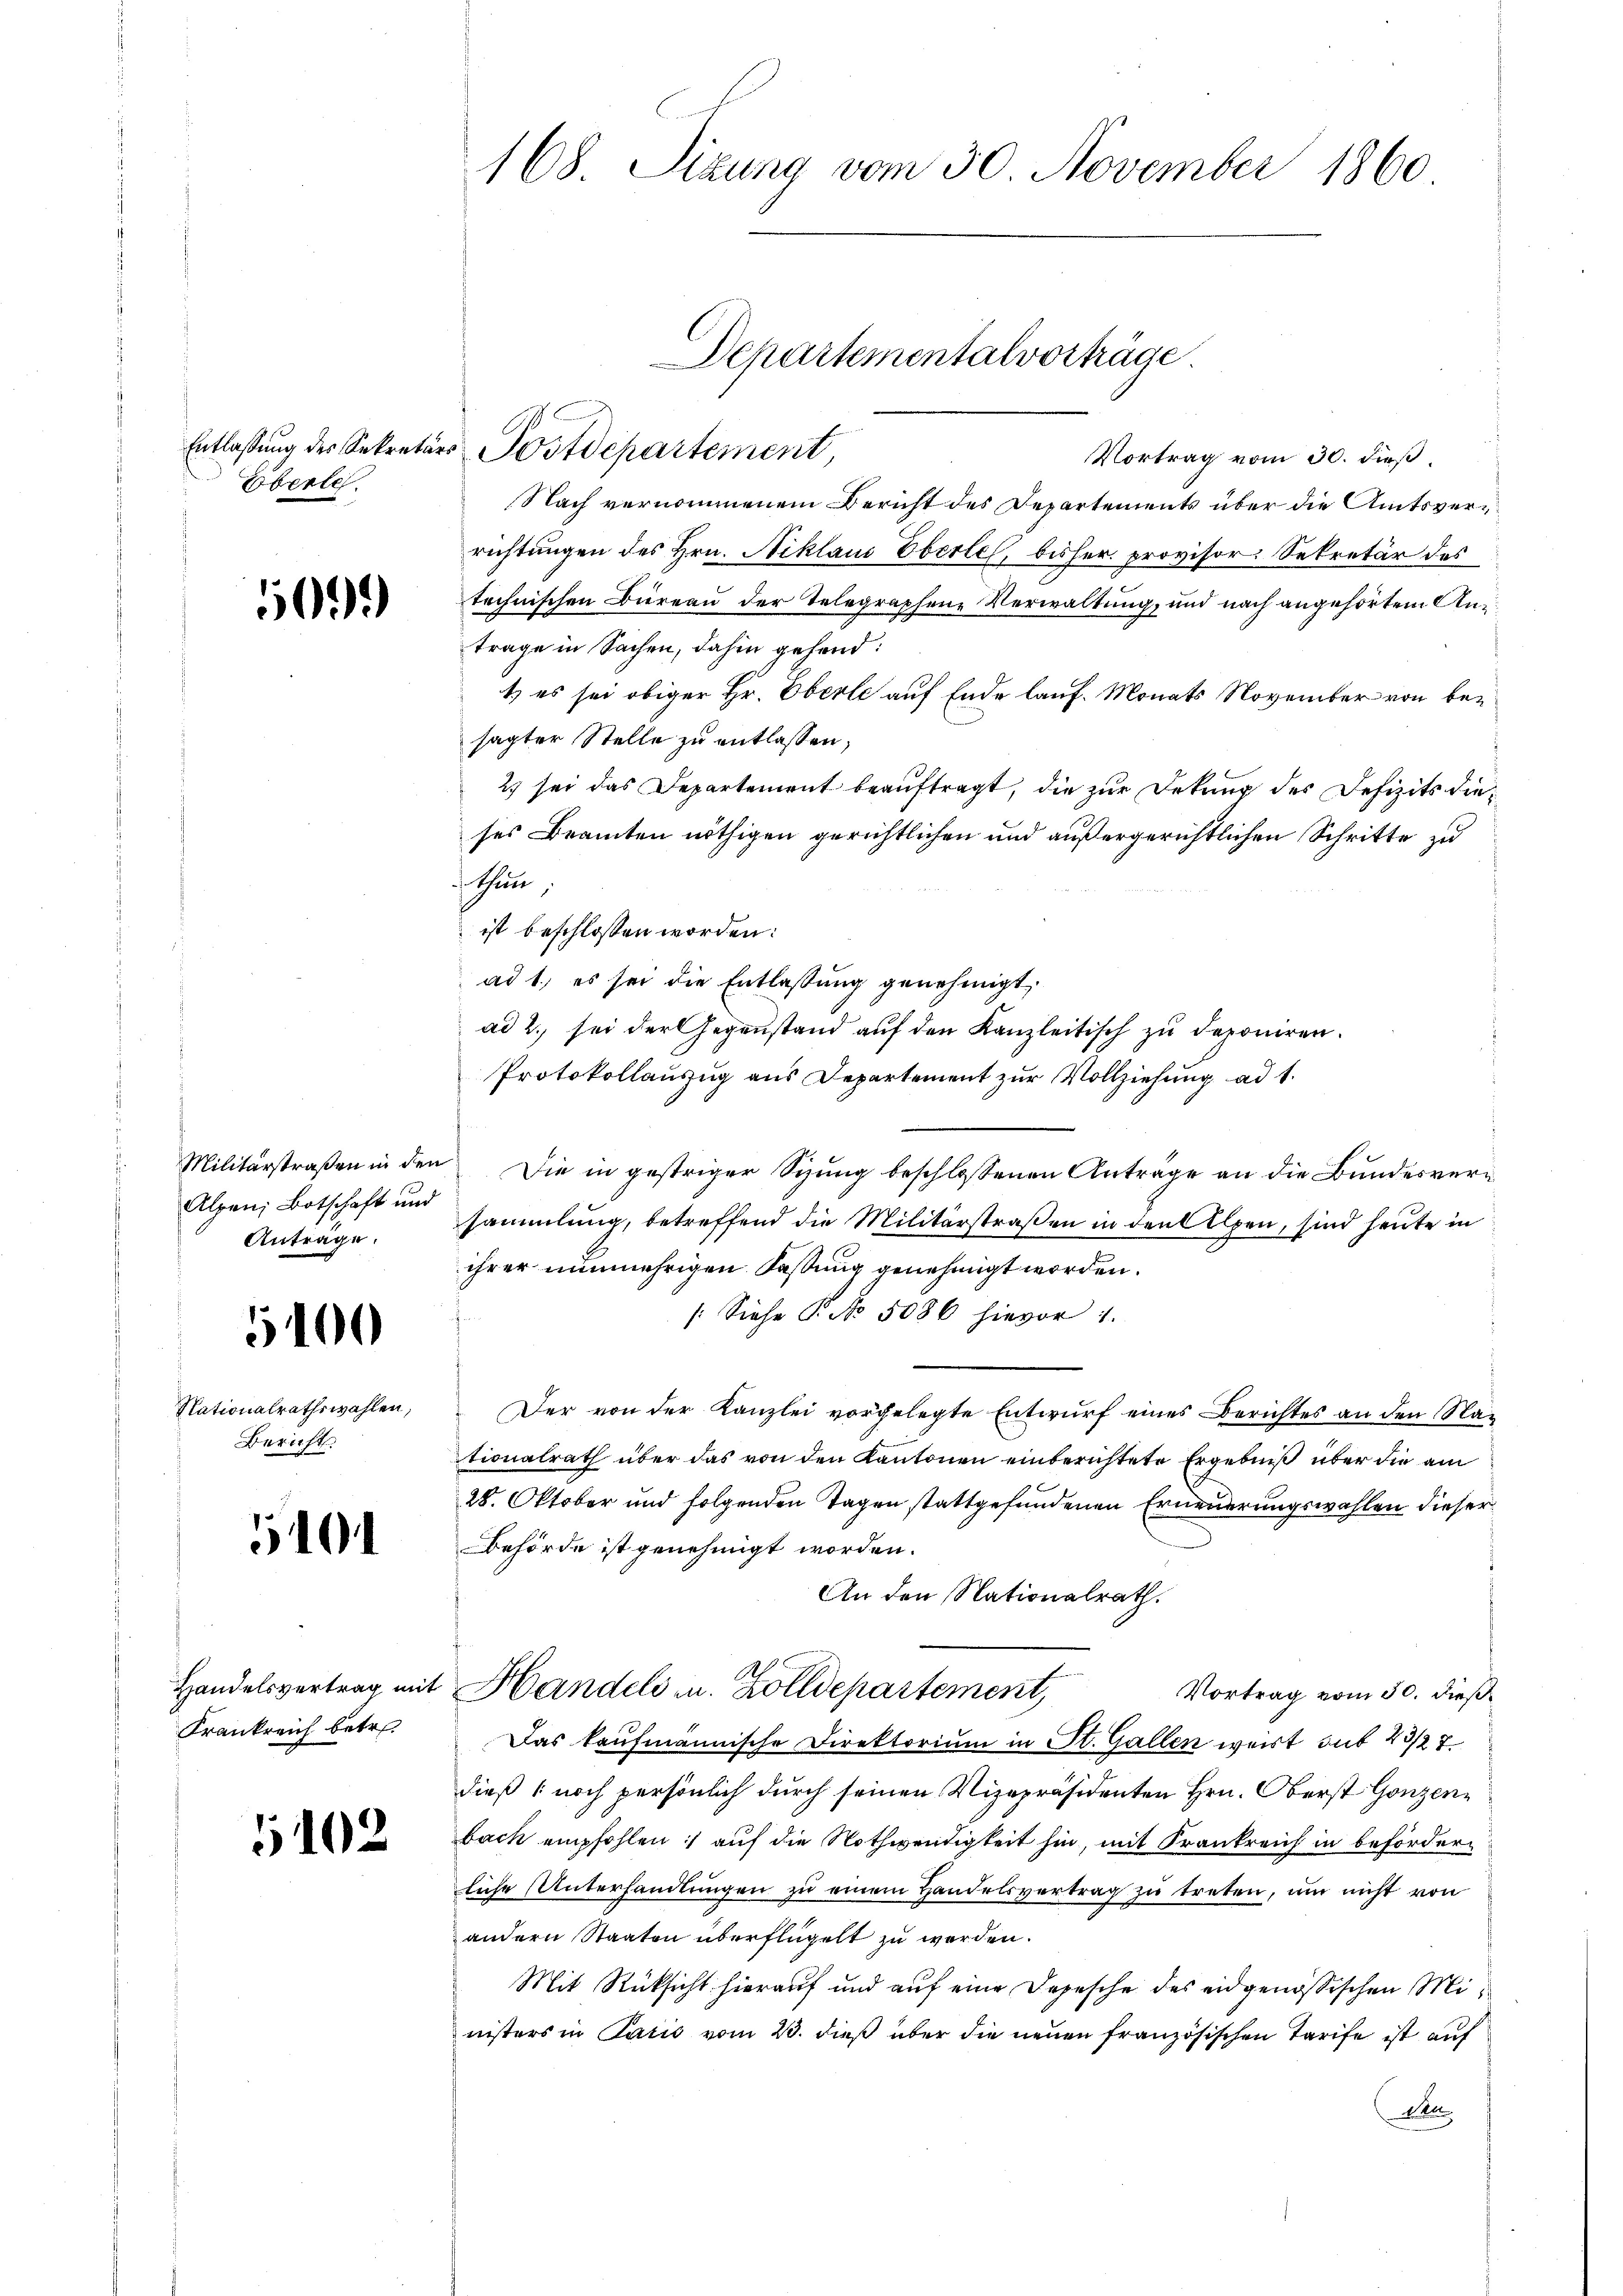
Entlassung des Sekretä
Eberle.

569.

Militärstraßen in den
Alpen, Botschaft und
Anträge.

5100

Nationalrathswahlen,
Bericht

1401

Krankreich betr.

5102

168. Sizung vom 30. November 1860

Vortrag vom 30. dieß.
Nach vernommenem Bericht des Departements über die Amtsverrichtungen des Hrn. Niklaus Eberle, bisher provisor Sekretär des
technischen Büreau der Telegraphene Verwaltung, und nach angehörtem Antrage in Sachen, dahin gehend:
1) es sei obiger Hr. Oberle auf Ende lauf. Monats November von besagter Stelle zu entlassen,
2) sei das Departement beauftragt, die zur Dekung des Defizits dieses Beamten nöthigen gerichtlichen und außergerichtlichen Schritte zu
thun,
ist beschlossen worden:
ad 1., es sei die Entlassung genehmigt,
ad 2., sei der Gegenstand auf den Kanzleitisch zu deponiren.
Protokollauzug aus Departement zur Vollziehung ad 1.
Die in gestriger Sizung beschlossenen Anträge an die Bundesversammlung, betreffend die Militärstraßen in den Alpen, sind heute in
ihrer nunmehrigen Fassung genehmigt worden.
/: Siehe P. No. 5086 hievor 1.
Der von der Kanzlei vorgelegte Entwurf eines Berichtes an den Nan
tionalrath über das von den Kantonen einberichtete Ergebniß über die am
28. Oktober und folgenden Tagen stattgefundenen Erneuerungswahlen dieser
Behörde ist genehmigt worden.
An den Nationalrath.
Handelsvertrag mit Handels u. Zolldepartement,
Vortrag vom 30. dieß.
Das kaufmännische Direktorium in St. Gallen weist sub 23/27.
dieß noch persönlich durch seinen Vizepräsidenten Hrn. Oberst Gonzenbach empfohlen :/ auf die Nothwendigkeit hin, mit Krankreich in beförderliche Unterhandlŭngen zŭ einem Handelsvertrag zŭ treten, um nicht von
andern Staaten überflügelt zu werden.
Mit Rücksicht hierauf und auf eine Depesche des eidgenössischen Ministers in Paris vom 23. dieß über die neuen französischen Tarife ist auf
d. Al

Departementalvorträge.
 Postdepartement